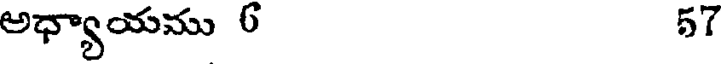
అధ్యాయము 6 57